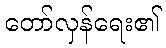
တော်လှန်ရေး၏